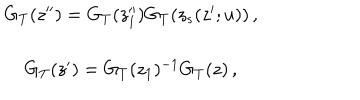
\begin{array} { c } { { G _ { T } ( z ^ { \prime \prime } ) = G _ { T } ( z _ { 1 } ^ { \prime \prime } ) G _ { T } ( z _ { s } ( z ^ { \prime } ; u ) ) \, , } } \\ { { { } } } \\ { { G _ { T } ( z ^ { \prime } ) = G _ { T } ( z _ { 1 } ) ^ { - 1 } G _ { T } ( z ) \, , } } \\ \end{array}